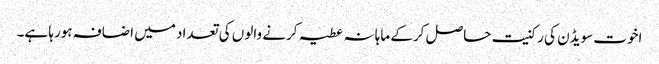
اخوت سویڈن کی رکنیت حاصل کرکے ماہانہ عطیہ کرنے والوں کی تعداد میں اضافہ ہورہا ہے۔